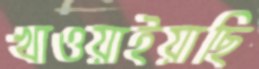
খাওয়াইয়াছি